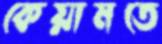
কেয়ামতে